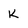
Character: K